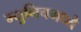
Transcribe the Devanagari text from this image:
म्युनिचमध्ये